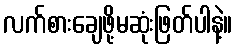
လက်စားချေဖို့မဆုံးဖြတ်ပါနဲ့။